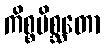
ကိစ္စမိစ္ဆတော